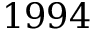
1 9 9 4